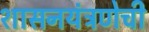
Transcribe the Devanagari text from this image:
शासनयंत्रणेची